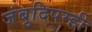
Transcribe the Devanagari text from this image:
जंबुदिपम्ही